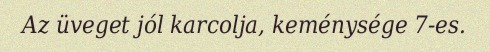
Az üveget jól karcolja, keménysége 7-es.